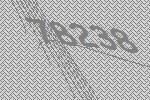
78238